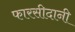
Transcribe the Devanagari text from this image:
फारसीदानी